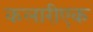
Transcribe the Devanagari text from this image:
कलारीएक